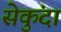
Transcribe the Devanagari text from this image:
सेकुंदा